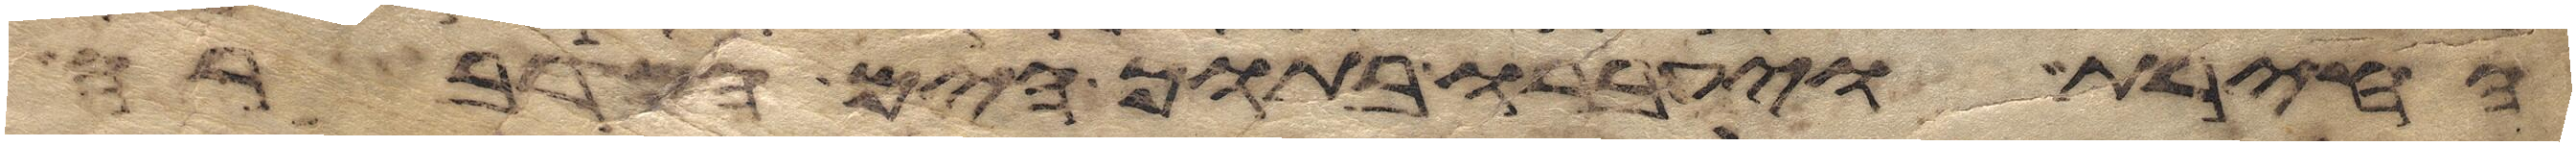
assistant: החירת ויעברו בתוך הים המדברה